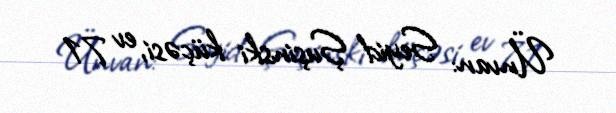
Ünvan: Seyid Şuşinski küçəsi, ev 71